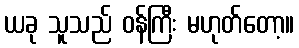
ယခု သူသည် ဝန်ကြီး မဟုတ်တော့။